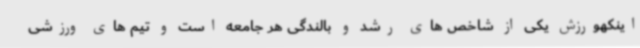
اینکهورزش یکی از شاخص های رشد و بالندگی هر جامعه است و تیم های ورزشی